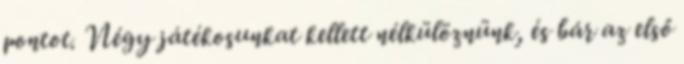
pontot. Négy játékosunkat kellett nélkülöznünk, és bár az első